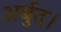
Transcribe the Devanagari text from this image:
अर्बुद।